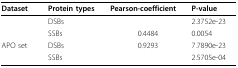
<table><thead><tr><td><b>Dataset</b></td><td><b>Protein types</b></td><td><b>Pearson-coefficient</b></td><td><b>P-value</b></td></tr></thead><tbody><tr><td>[EMPTY_CELL]</td><td>DSBs</td><td>[EMPTY_CELL]</td><td>2.3752e-23</td></tr><tr><td>[EMPTY_CELL]</td><td>SSBs</td><td>0.4484</td><td>0.0054</td></tr><tr><td>APO set</td><td>DSBs</td><td>0.9293</td><td>7.7890e-23</td></tr><tr><td>[EMPTY_CELL]</td><td>SSBs</td><td>[EMPTY_CELL]</td><td>2.5705e-04</td></tr></tbody></table>